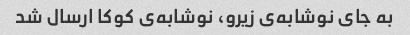
به جای نوشابه‌ی زیرو، نوشابه‌ی کوکا ارسال شد